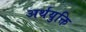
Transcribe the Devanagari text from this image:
अर्थयुक्ति